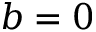
b = 0